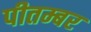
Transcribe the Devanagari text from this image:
पीतम्बर